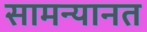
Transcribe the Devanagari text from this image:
सामन्यानत